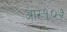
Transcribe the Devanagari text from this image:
आर१०७